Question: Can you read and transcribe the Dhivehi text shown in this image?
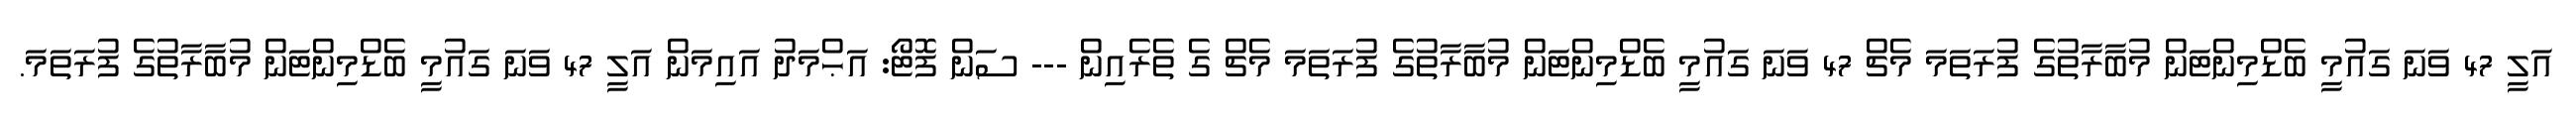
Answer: އަލީ 47 ވަނަ ގައުމީ ބެޑްމިންޓަން މުބާރާތުގެ ފުރަތަމަ މެޗް 47 ވަނަ ގައުމީ ބެޑްމިންޓަން މުބާރާތުގެ ފުރަތަމަ މެޗް ގެ ތެރެއިން --- ސަން ފޮޓޯ: އަޙްމަދު އައިމަން އަލީ 47 ވަނަ ގައުމީ ބެޑްމިންޓަން މުބާރާތުގެ ފުރަތަމަ.